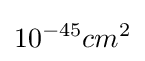
10^{-45}cm^{2}